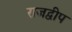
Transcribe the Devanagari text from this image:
राजद्वीप